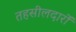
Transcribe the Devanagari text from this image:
तहसीलदारों